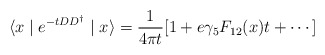
\begin{align*}\langle x\mid e^{-tDD^{\dagger}}\mid x\rangle=\frac{1}{4\pi t}[1+e\gamma_5F_{12}(x)t+\cdots ]\end{align*}